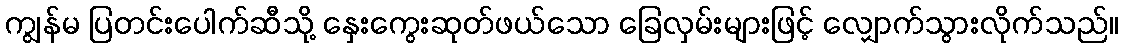
ကျွန်မ ပြတင်းပေါက်ဆီသို့ နှေးကွေးဆုတ်ဖယ်သော ခြေလှမ်းများဖြင့် လျှောက်သွားလိုက်သည်။